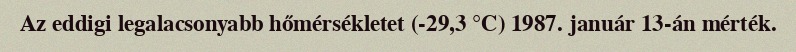
Az eddigi legalacsonyabb hőmérsékletet (-29,3 °C) 1987. január 13-án mérték.